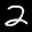
Label: 2